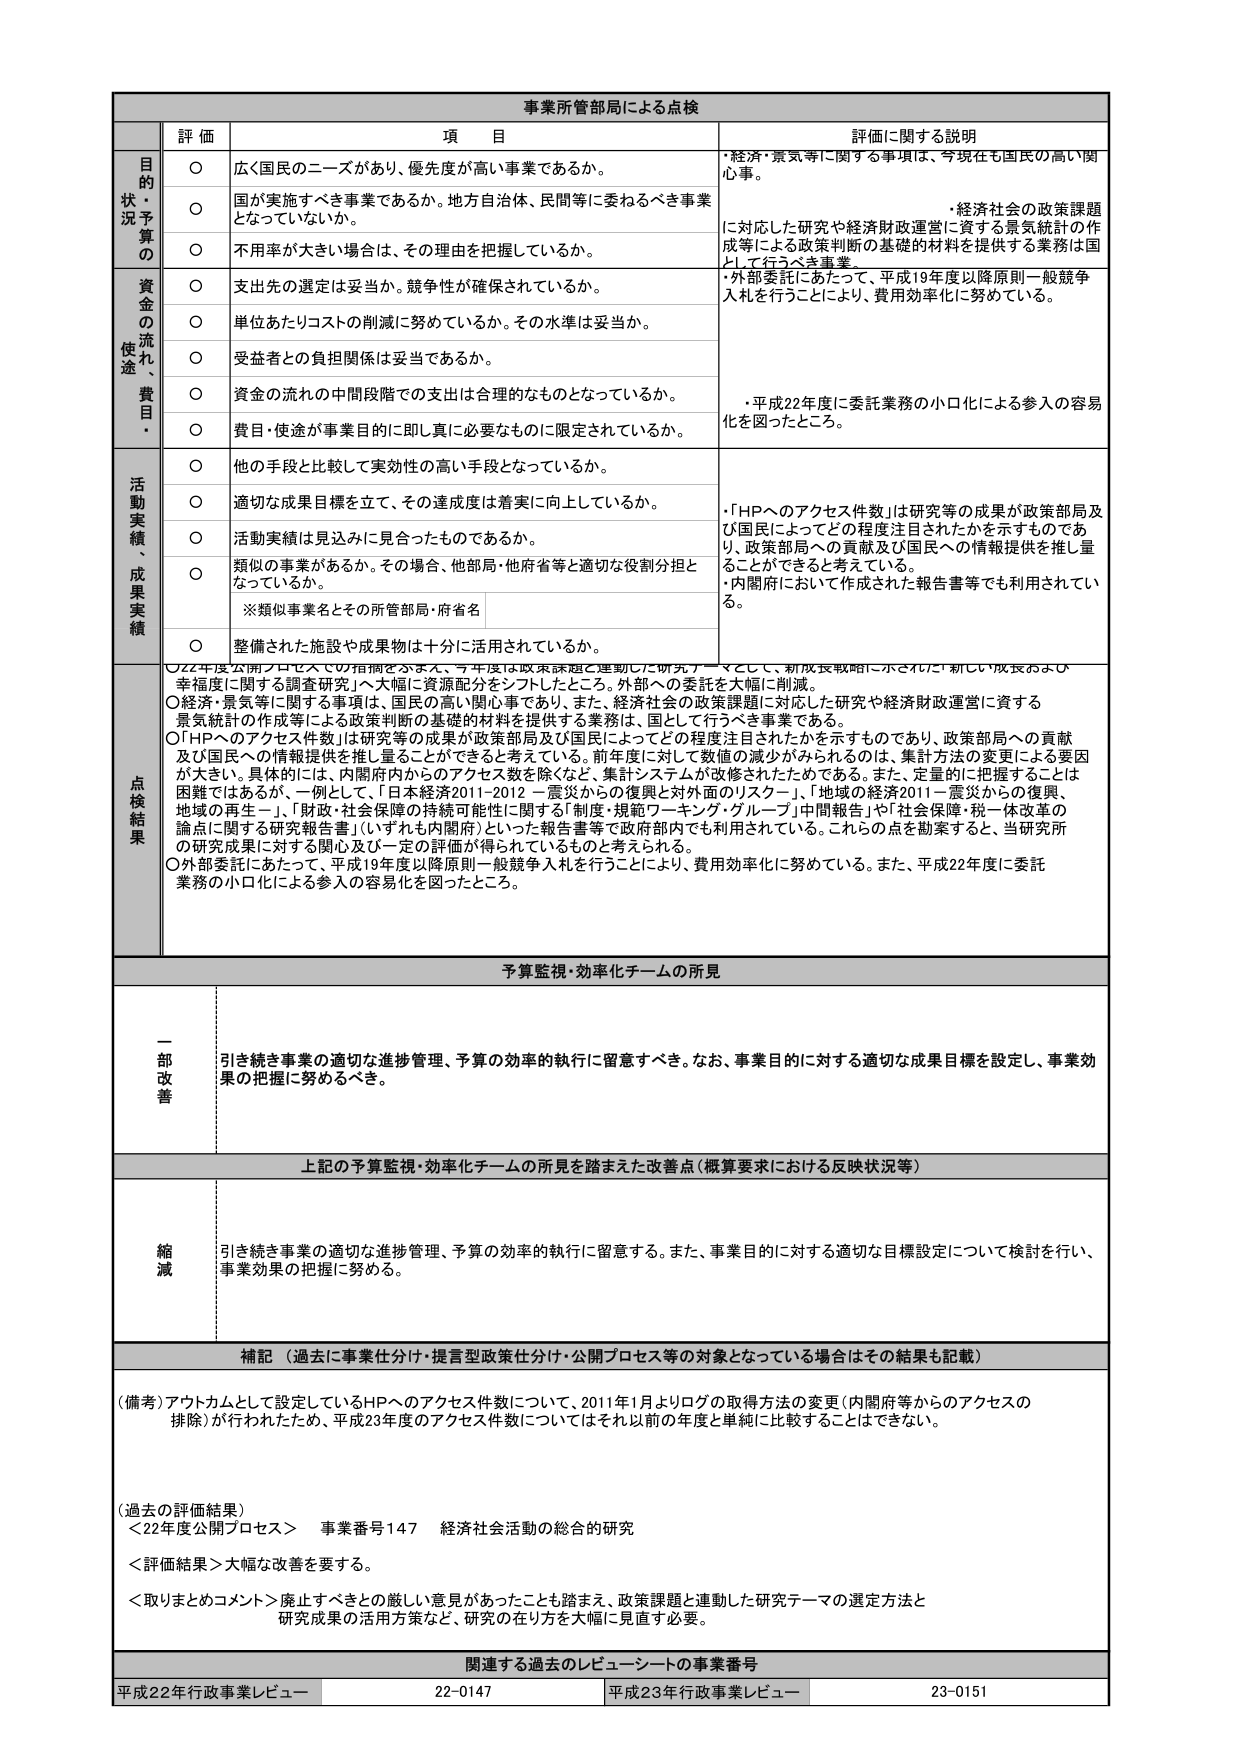
事業所管部局による点検

評価 項目 評価に関する説明

目的状況予算の
○ 広く国民のニーズがあり、優先度が高い事業であるか。 ・経済・景気等に関する事項は、今現在も国民の高い関心事。
○ 国が実施すべき事業であるか。地方自治体、民間等に委ねるべき事業とならないか。 ・経済社会の政策課題に対応した研究や経済財政運営に資する景気統計の作成等による政策判断の基礎的材料を提供する業務は国として行うべき事業。
○ 不用率が大きい場合は、その理由を把握しているか。

資金の流れ、使途、費目・
○ 支出先の選定は妥当か、競争性が確保されているか。 ・外部委託にあたって、平成19年度以降原則一般競争入札を行うことにより、費用効率化に努めている。
○ 単位あたりコストの削減に努めているか。その水準は妥当か。
○ 受益者との負担関係は妥当であるか。
○ 資金の流れの中間段階での支出は合理的なものとなっているか。 ・平成22年度に委託業務の小口化による参入の容易化を図ったところ。
○ 費目・使途が事業目的に即し真に必要なものに限定されているか。

活動実績、成果実績
○ 他の手段と比較して実効性の高い手段となっているか。 ・「HPへのアクセス件数」は研究等の成果が政策部局及び国民によってどの程度注目されたかを示すものであり、政策部局への貢献及び国民への情報提供を推し量ることができると考えている。
○ 適切な成果目標を立て、その達成度は着実に向上しているか。
○ 活動実績は見込みに見合ったものであるか。
○ 類似の事業があるか。その場合、他部局・他府省等と適切な役割分担となっているか。 ・内閣府において作成された報告書等でも利用されている。
※類似事業名とその所管部局・府省名
○ 整備された施設や成果物は十分に活用されているか。

点検結果
○22年度公開プロセスでの指摘を踏まえ、今年度は政策課題と連動した研究テーマとして、「新成長戦略に示された「新しい成長および幸福度に関する調査研究」へ大幅に資源配分をシフトしたところ。外部への委託を大幅に削減。
○経済・景気等に関する事項は、国民の高い関心事であり、また、経済社会の政策課題に対応した研究や経済財政運営に資する景気統計の作成等による政策判断の基礎的材料を提供する業務は、国として行うべき事業である。
○「HPへのアクセス件数」は研究等の成果が政策部局及び国民によってどの程度注目されたかを示すものであり、政策部局への貢献及び国民への情報提供を推し量ることができると考えている。前年度に対して数値の減少がみられるのは、集計方法の変更による要因が大きい。具体的には、内閣府内からのアクセス数を除くなど、集計システムが改修されたためである。また、定量的に把握することは困難ではあるが、一例として、「日本経済2011-2012－震災からの復興と対外面のリスク－」、「地域の経済2011－震災からの復興、地域の再生－」、「財政・社会保障の持続可能性に関する「制度・規範ワーキング・グループ」中間報告」や「社会保障・税一体改革の論点に関する研究報告書」（いずれも内閣府）といった報告書等で政府部内でも利用されている。これらの点を勘案すると、当研究所の研究成果に対する関心及び一定の評価が得られているものと考えられる。
○外部委託にあたって、平成19年度以降原則一般競争入札を行うことにより、費用効率化に努めている。また、平成22年度に委託業務の小口化による参入の容易化を図ったところ。

予算監視・効率化チームの所見

一部改善
引き続き事業の適切な進捗管理、予算の効率的執行に留意すべき。なお、事業目的に対する適切な成果目標を設定し、事業効果の把握に努めるべき。

上記の予算監視・効率化チームの所見を踏まえた改善点（概算要求における反映状況等）

縮減
引き続き事業の適切な進捗管理、予算の効率的執行に留意する。また、事業目的に対する適切な目標設定について検討を行い、事業効果の把握に努める。

補記（過去に事業仕分け・提言型政策仕分け・公開プロセス等の対象となっている場合はその結果も記載）

（備考）アウトカムとして設定しているHPへのアクセス件数について、2011年1月よりログの取得方法の変更（内閣府等からのアクセスの排除）が行われたため、平成23年度のアクセス件数についてはそれ以前の年度と単純に比較することはできない。

（過去の評価結果）
＜22年度公開プロセス＞ 事業番号147 経済社会活動の総合的研究
＜評価結果＞大幅な改善を要する。
＜取りまとめコメント＞廃止すべきとの厳しい意見があったことも踏まえ、政策課題と連動した研究テーマの選定方法と研究成果の活用方策など、研究の在り方を大幅に見直す必要。

関連する過去のレビューシートの事業番号
平成22年行政事業レビュー 22-0147 平成23年行政事業レビュー 23-0151